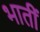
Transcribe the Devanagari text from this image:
भातीं